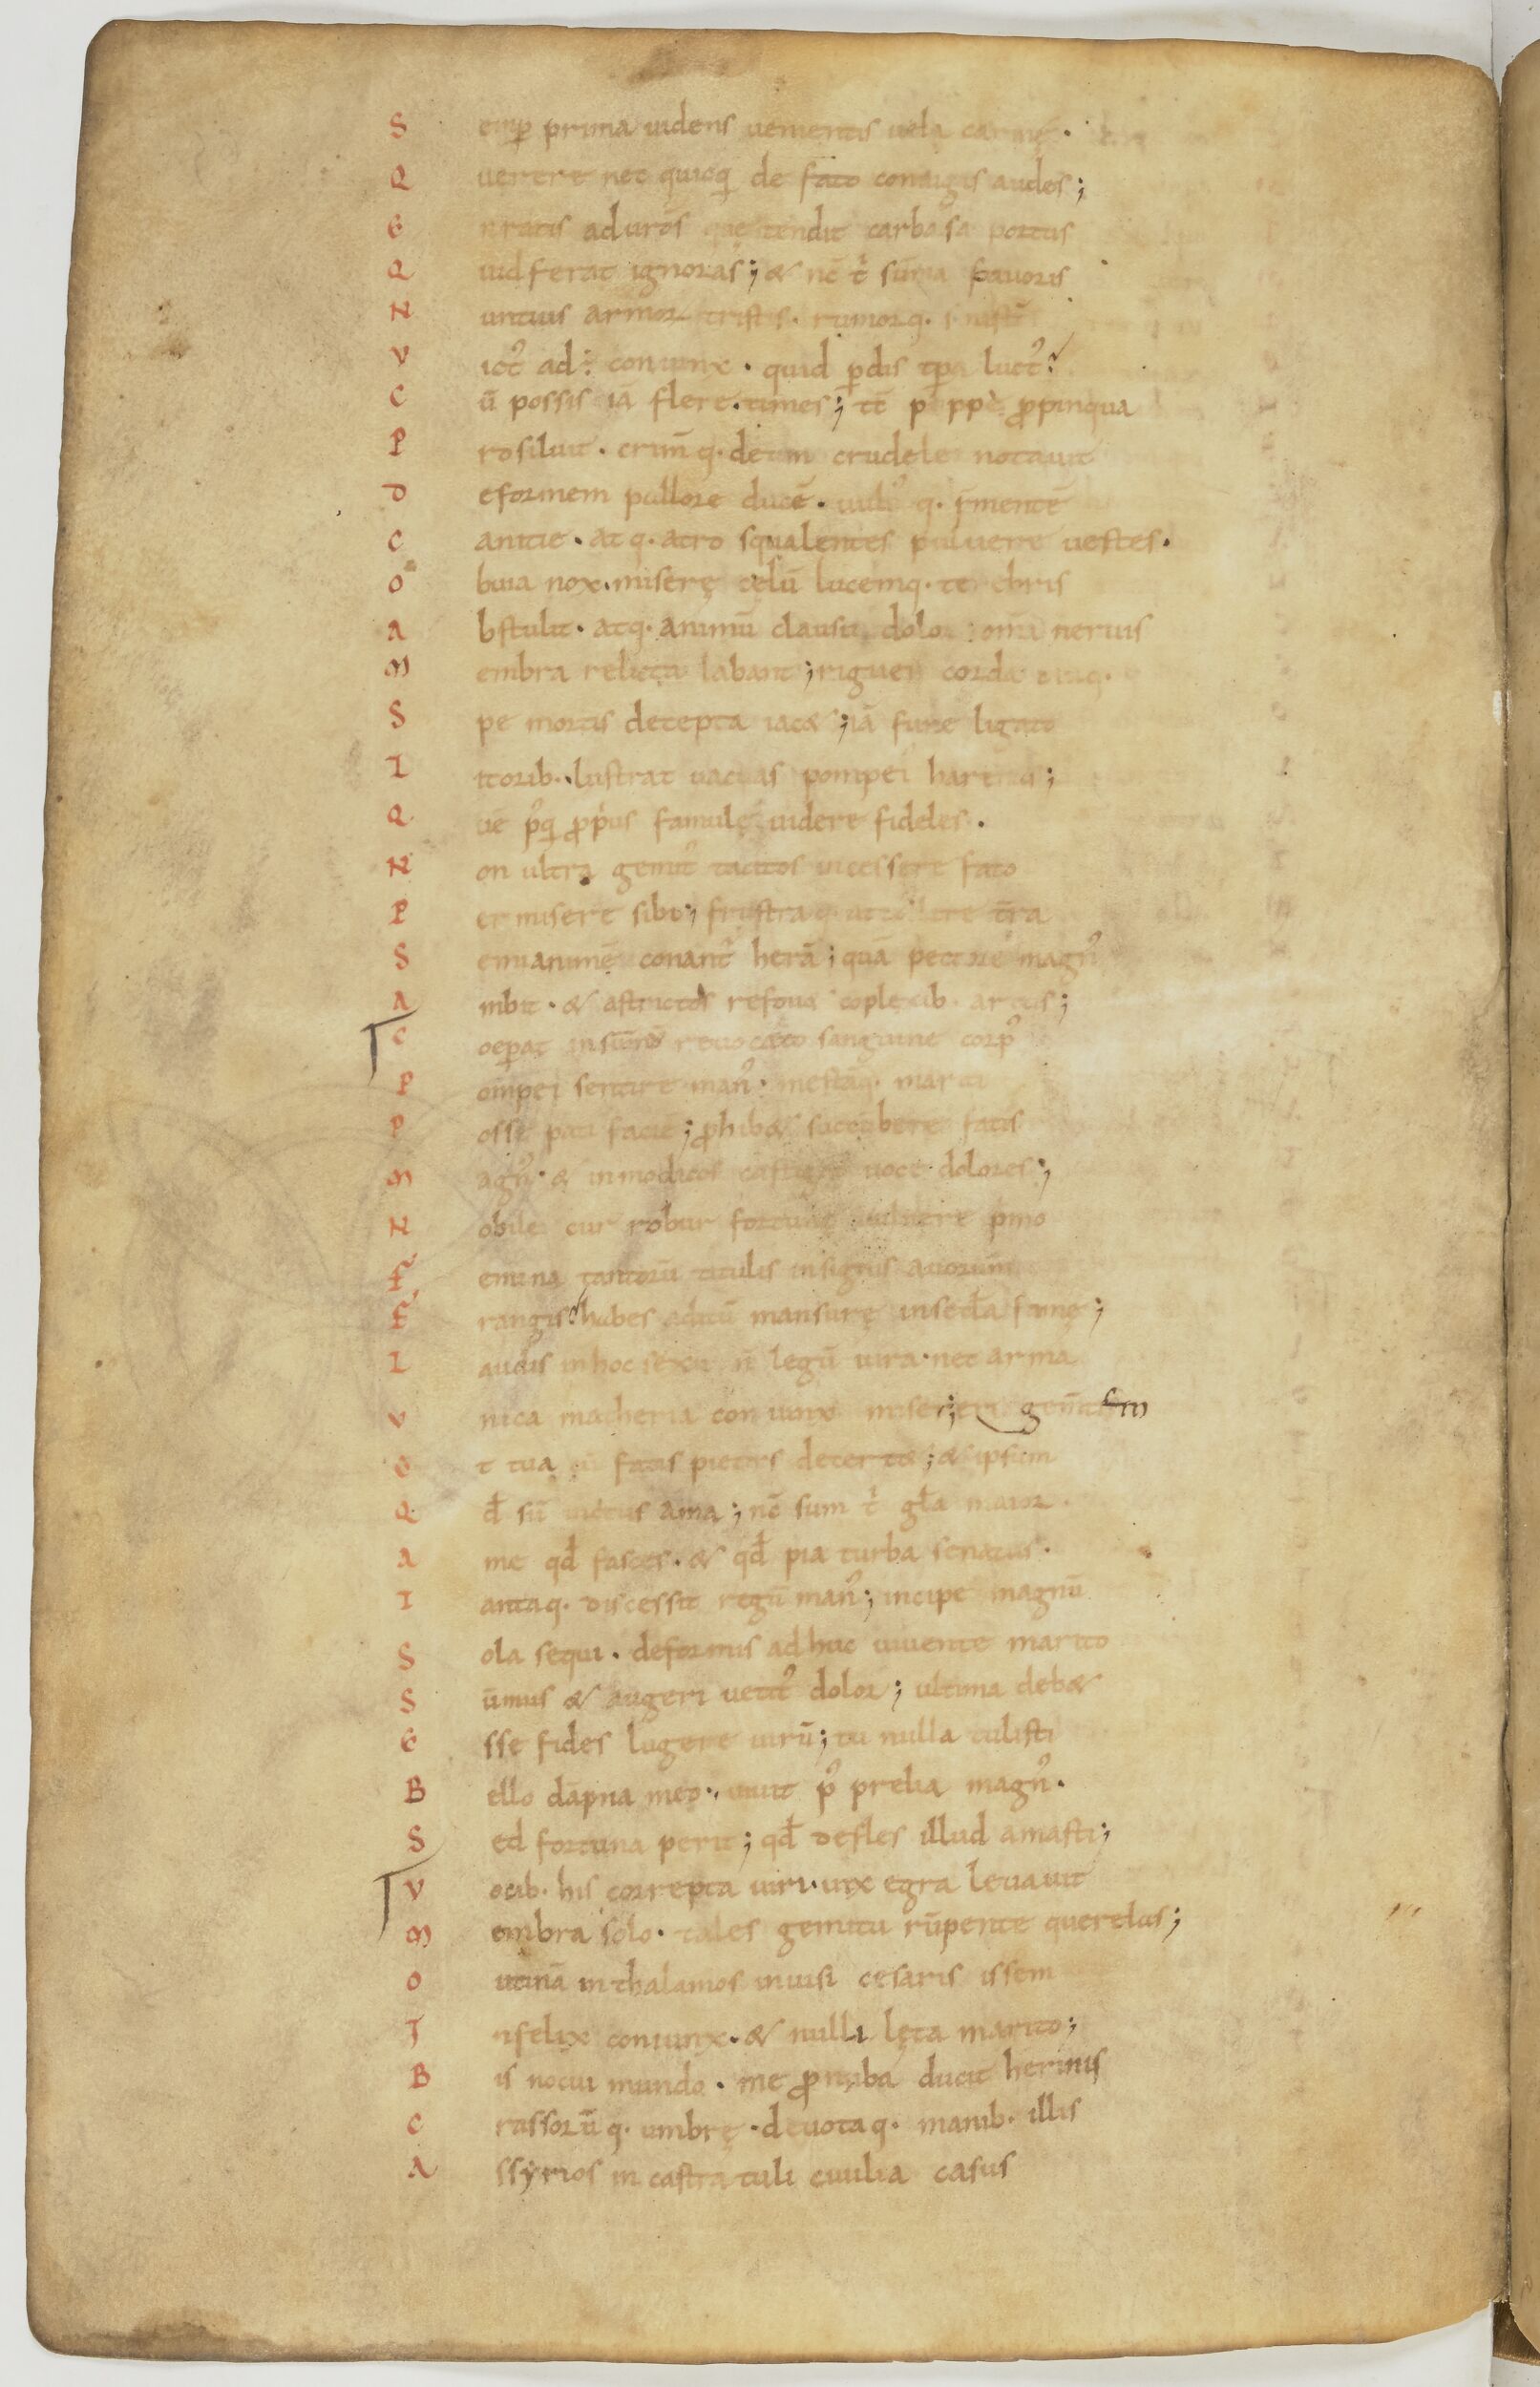
Shelfmark: Paris, BnF, lat. 17901
Century: 11